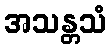
အသန္တသံ